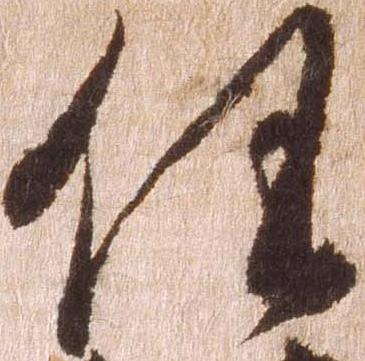
任